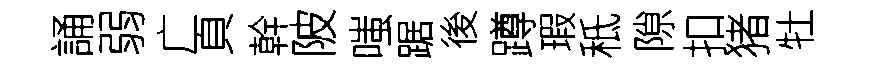
誦弱广頁幹陂嗤踞後蹲瑕秪隙扣猪牡